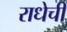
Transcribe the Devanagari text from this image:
राधेची